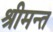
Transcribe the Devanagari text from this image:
श्रीमन्त